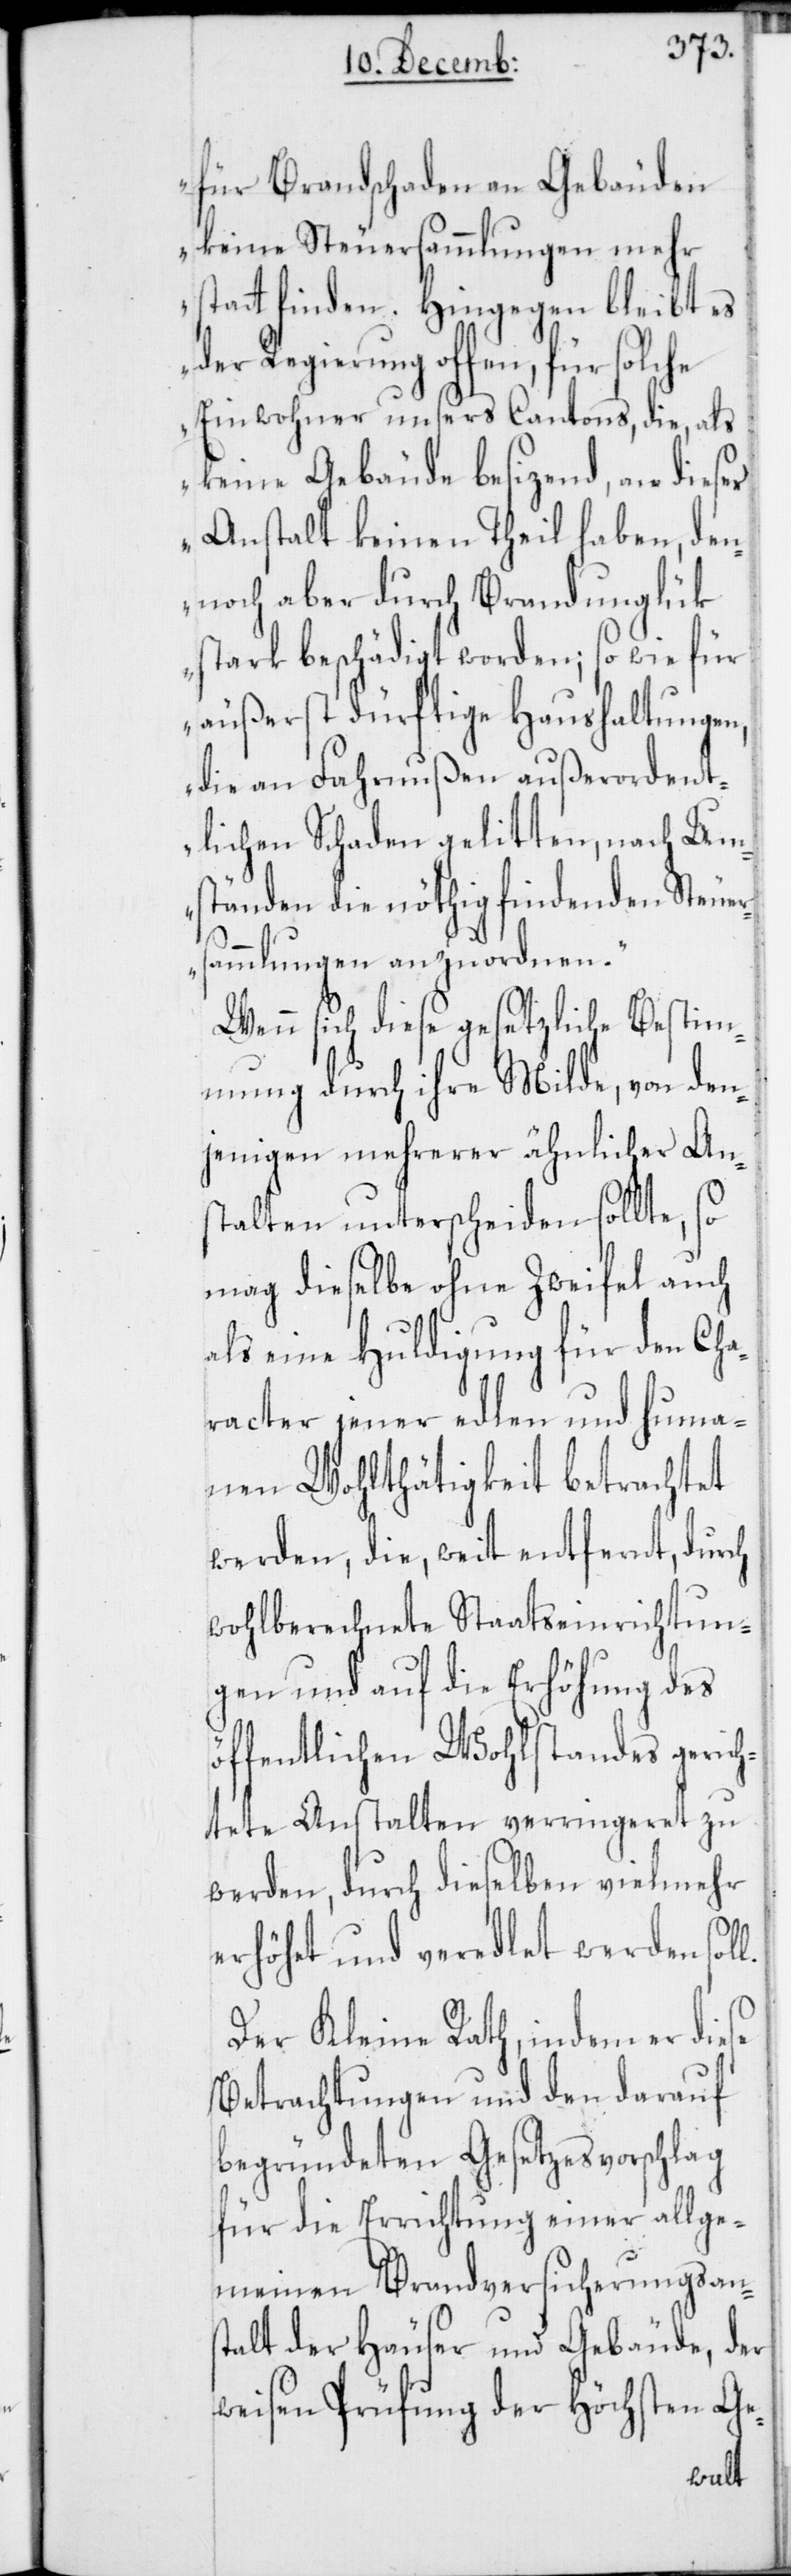
für Brandschaden an Gebäuden
keine Steuersammlungen mehr
statt finden. Hingegen bleibt es
der Regierung offen, für solche
Einwohner unsers Cantons, die, als
keine Gebäude besizend, an dieser
Anstalt keinen Theil haben, den¬
noch aber durch Brandunglük
stark beschädigt worden; so wie für
äußerst dürftige Haushaltungen,
die an Fahrnußen außerordent¬
lichen Schaden gelitten, nach Um¬
ständen die nöthig findenden Steuer¬
l.
sammlungen anzuordnen.“
Wenn sich diese gesetzliche Bestim¬
mung durch ihre Milde, von den¬
jenigen mehrerer ähnlicher An¬
stalten unterscheiden sollte, so
mag dieselbe ohne Zweifel auch
als eine Huldigung für den Cha¬
racter jener edlen und huma¬
nen Wohlthätigkeit betrachtet
werden, die, weit entfernt, durch
wohlberechnete Staatseinrichtun¬
gen und auf die Erhöhung des
öffentlichen Wohlstandes gerich¬
tete Anstalten verringeret zu
werden, durch dieselben vielmehr
erhöhet und veredlet werden sol¬
Der Kleine Rath, indem er diese
Betrachtungen und den darauf
begründeten Gesetzesvorschlag
für die Errichtung einer allge¬
meinen Brandversicherungsans¬
talt der Häuser und Gebäude, der
weisen Prüfung der Höchsten Ge-